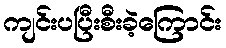
ကျင်းပပြီးစီးခဲ့ကြောင်း